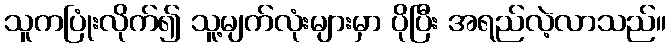
သူကပြုံးလိုက်၍ သူ့မျက်လုံးများမှာ ပိုပြီး အရည်လဲ့လာသည်။